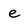
Character: e